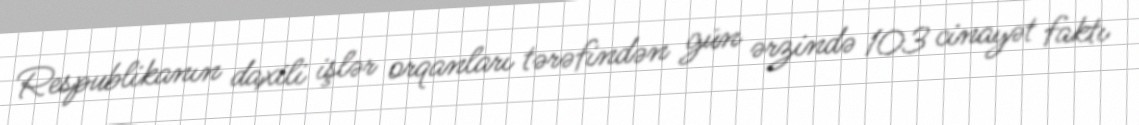
Respublikanın daxili işlər orqanları tərəfindən gün ərzində 103 cinayət faktı